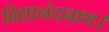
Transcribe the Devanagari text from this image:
विद्यानंदनाथ।